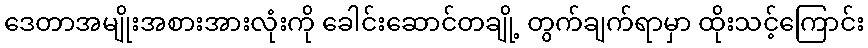
ဒေတာအမျိုးအစားအားလုံးကို ခေါင်းဆောင်တချို့ တွက်ချက်ရာမှာ ထိုးသင့်ကြောင်း